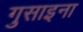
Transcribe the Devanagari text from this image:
गुसाइना